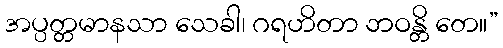
အပ္ပတ္တမာနသာ သေခါ၊ ဂရဟိတာ ဘဝန္တိ တေ။”